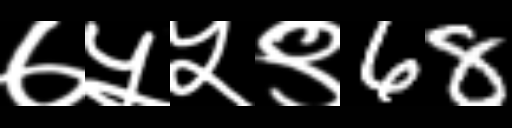
Text: ७५५९68